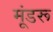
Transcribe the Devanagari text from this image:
मूंडरू